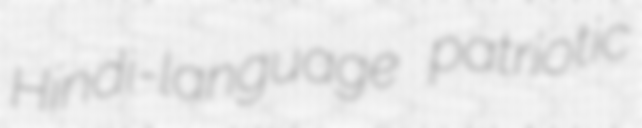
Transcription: Hindi-language patriotic